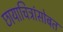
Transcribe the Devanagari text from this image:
छायाचित्रांसोबत